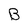
Character: B